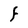
Character: F